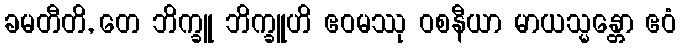
ခမတီတိ, တေ ဘိက္ခူ ဘိက္ခူဟိ ဧဝမဿု ဝစနီယာ မာယသ္မန္တော ဧဝံ